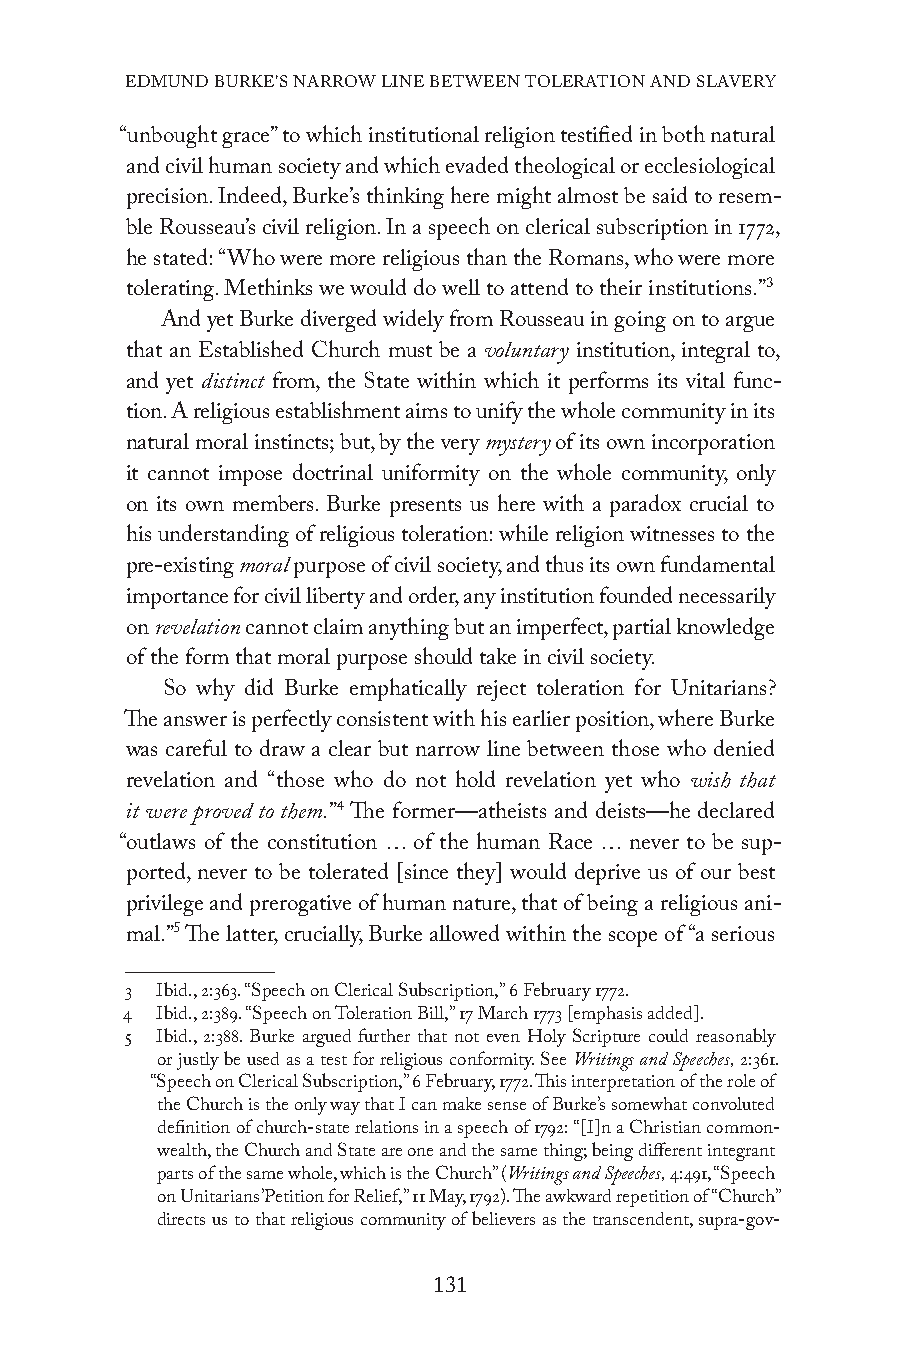
EDMUND BURKE’S NARROW LINE BETWEEN TOLERATION AND SLAVERY
 “unbought grace” to which institutional religion testified in both natural
 and civil human society and which evaded theological or ecclesiological
 precision. Indeed, Burke’s thinking here might almost be said to resem-
 ble Rousseau’s civil religion. In a speech on clerical subscription in 1772,
 he stated: “Who were more religious than the Romans, who were more
 tolerating. Methinks we would do well to attend to their institutions.”3
 And yet Burke diverged widely from Rousseau in going on to argue
 that an Established Church must be a voluntary institution, integral to,
 and yet distinct from, the State within which it performs its vital func-
 tion. A religious establishment aims to unify the whole community in its
 natural moral instincts; but, by the very mystery of its own incorporation
 it cannot impose doctrinal uniformity on the whole community, only
 on its own members. Burke presents us here with a paradox crucial to
 his understanding of religious toleration: while religion witnesses to the
 pre-existing moral purpose of civil society, and thus its own fundamental
 importance for civil liberty and order, any institution founded necessarily
 on revelation cannot claim anything but an imperfect, partial knowledge
 of the form that moral purpose should take in civil society.
 So why did Burke emphatically reject toleration for Unitarians?
 The answer is perfectly consistent with his earlier position, where Burke
 was careful to draw a clear but narrow line between those who denied
 revelation and “those who do not hold revelation yet who wish that
 it were proved to them.”4 The former—atheists and deists—he declared
 “outlaws of the constitution … of the human Race … never to be sup-
 ported, never to be tolerated [since they] would deprive us of our best
 privilege and prerogative of human nature, that of being a religious ani-
 mal.”5 The latter, crucially, Burke allowed within the scope of “a serious
 3 Ibid., 2:363. “Speech on Clerical Subscription,” 6 February 1772.
 4 Ibid., 2:389. “Speech on Toleration Bill,” 17 March 1773 [emphasis added].
 5 Ibid., 2:388. Burke argued further that not even Holy Scripture could reasonably
 or justly be used as a test for religious conformity. See Writings and Speeches, 2:361.
 “Speech on Clerical Subscription,” 6 February, 1772. This interpretation of the role of
 the Church is the only way that I can make sense of Burke’s somewhat convoluted
 definition of church-state relations in a speech of 1792: “[I]n a Christian common-
 wealth, the Church and State are one and the same thing; being different integrant
 parts of the same whole, which is the Church” (Writings and Speeches, 4:491, “Speech
 on Unitarians’ Petition for Relief,” 11 May, 1792). The awkward repetition of “Church”
 directs us to that religious community of believers as the transcendent, supra-gov-
 131